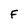
Character: F